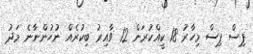
ޕިސް ޕިސް މިހާރު 18 ކީއްކުރަން 12 ވާއިރު ބިކުރެއް ނުހުންނާނެ މަދު